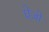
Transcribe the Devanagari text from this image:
घेज़ो